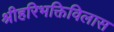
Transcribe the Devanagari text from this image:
श्रीहरिभक्तिविलास